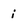
Character: i